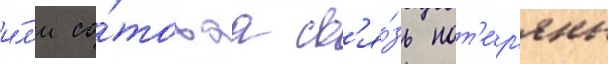
и́л'и со́товаа св'я́зь пот'е́р'яны